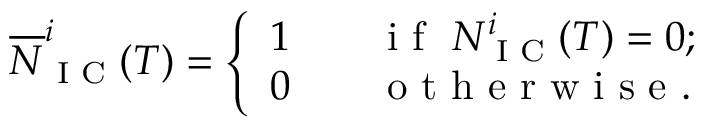
\begin{array} { r } { \overline { N } _ { \textrm { I C } } ^ { i } ( T ) = \left\{ \begin{array} { r l } { 1 \quad } & { { } \textrm { i f } \ N _ { \textrm { I C } } ^ { i } ( T ) = 0 ; } \\ { 0 \quad } & { { } \textrm { o t h e r w i s e } . } \end{array} \right. } \end{array}